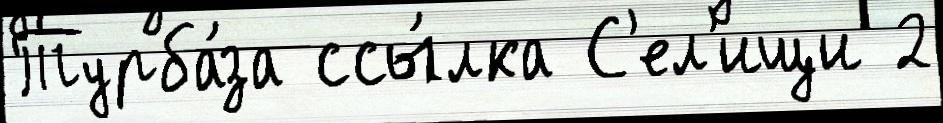
Турба́за ссы́лка С'ел'ищи 2